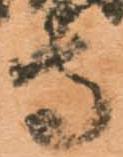
守